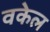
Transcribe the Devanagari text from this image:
वकेल